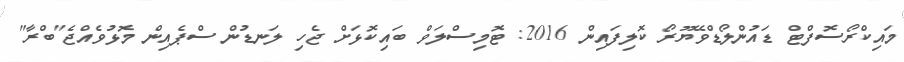
މައިކްރޯސޮފްޓް ޑައުންލޯޑްވޭޔޫރޯ ކޮލިފައިން 2016: ޓޮމިސްލަވް ބައިކޮޅަށް ޖެހި ލަނޑުން ސްޕެއިން މޮޅުވެއްޖެ"ބްރާ"